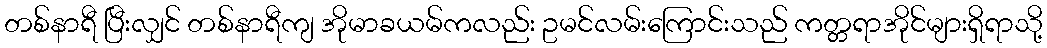
တစ်နာရီ ပြီးလျှင် တစ်နာရီကျ အိုမာခယမ်ကလည်း ဥမင်လမ်းကြောင်းသည် ကတ္တရာအိုင်များရှိရာသို့